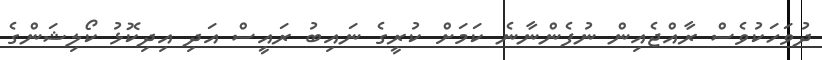
ދުވަހަކުވެސް ރާއްޖެއިން ނުފެންނާނެ ކަމަށް ކުރީގެ ނައިބު ރައީސް އަދި އިދިކޮޅު ކޯލިޝަންގެ